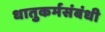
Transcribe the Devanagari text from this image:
धातुकर्मसंबंधी